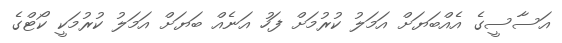
އަސާސީގެ އެއްބަޔަށް އަމަލު ކުރުމަށް ފަހު އަނެއް ބަޔަށް އަމަލު ކުރުމަކީ ކޯޓްގެ